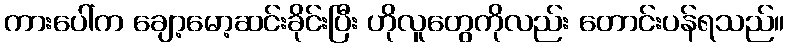
ကားပေါ်က ချော့မော့ဆင်းခိုင်းပြီး ဟိုလူတွေကိုလည်း တောင်းပန်ရသည်။